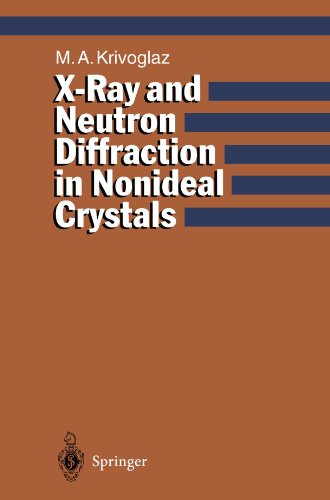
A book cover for X-Ray and Neutron Diffraction in Nonideal Crystals; Mikhail A. Krivoglaz; Science & Math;